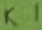
Text: K1